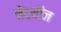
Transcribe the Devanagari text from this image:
केंटनीज